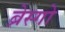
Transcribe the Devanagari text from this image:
ब्रेस्गो